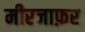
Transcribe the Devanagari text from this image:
मीरजाफ़र